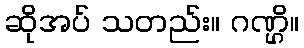
ဆိုအပ် သတည်း။ ဂဏ္ဌိ။